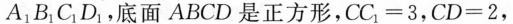
A_{1}B_{1}C_{1}D_{1}，底面ABCD是正方形， $$C C _ { 1 } = 3$$ ， $$C D = 2$$ ，